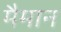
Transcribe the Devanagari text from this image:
मैमान